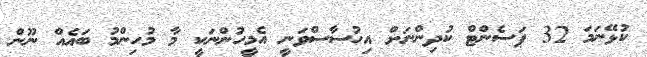
ކުޅޭނަމަ 32 ޕަސެންޓް ކުދިންނަށް އިހުސާސްވަނީ އެމީހުންނަކީ މާ މުހިންމު ބައެއް ނޫން